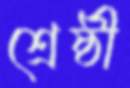
শ্রেষ্ঠী